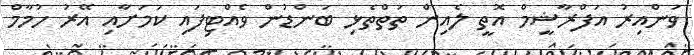
ވަންއިރު އަފްރާޝީމް އޮތީ ލެއިން ތަތްތެޅި ބަންޑުން ވެއްޓިފައި ކަމަށާއި އޭރު ހުމާމް